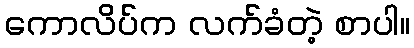
ကောလိပ်က လက်ခံတဲ့ စာပါ။